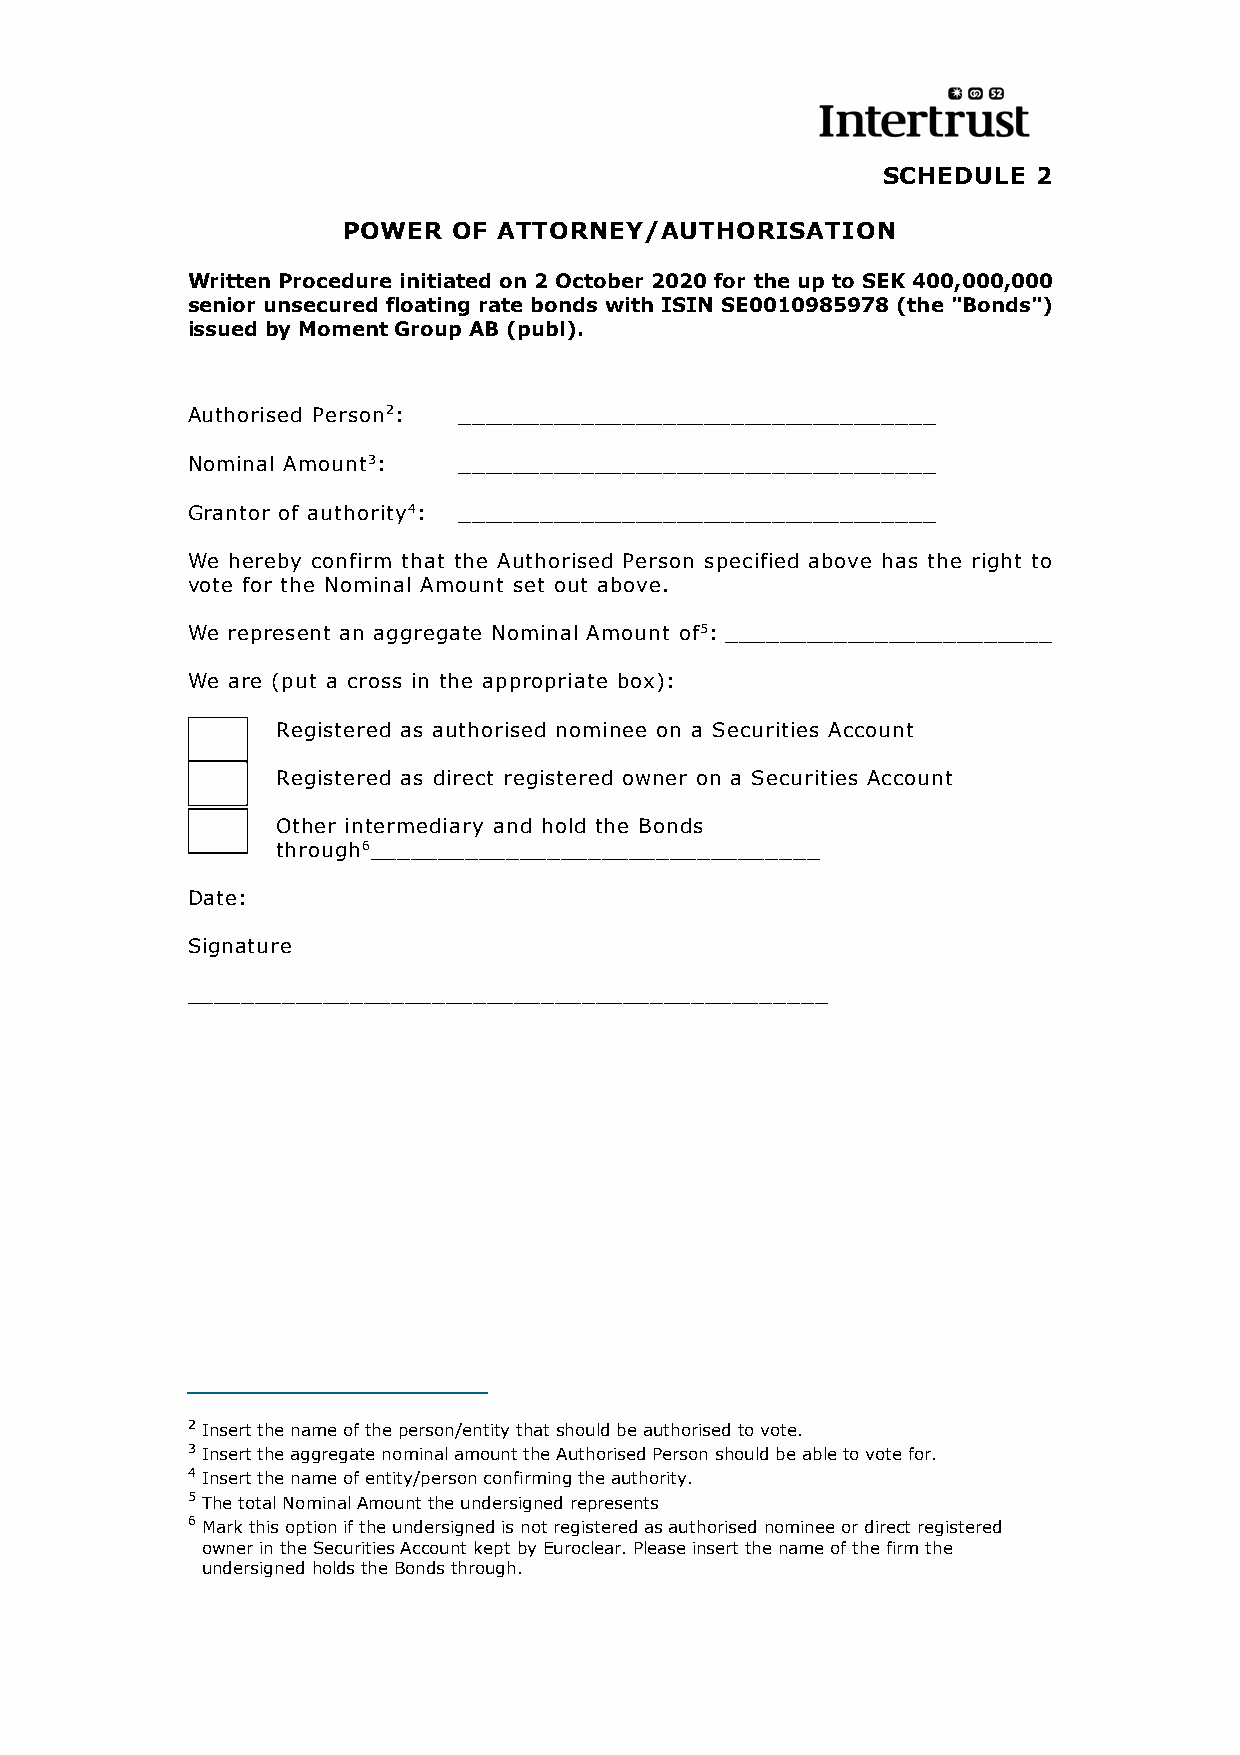
SCHEDULE   2
 POWER  OF ATTORNEY/AUTHORISATION
 Written Procedure initiated on 2 October 2020 for the up to SEK 400,000,000
 senior unsecured floating rate bonds with ISIN SE0010985978 (the "Bonds")
 issued by Moment Group AB (publ).
 Authorised Person2: ___________________________________
 Nominal Amount3:  ___________________________________
 Grantor of authority4: ___________________________________
 We hereby confirm that the Authorised Person specified above has the right to
 vote for the Nominal Amount set out above.
 We represent an aggregate Nominal Amount of5: ________________________
 We are (put a cross in the appropriate box):
 Registered as authorised nominee on a Securities Account
 Registered as direct registered owner on a Securities Account
 Other intermediary and hold the Bonds
 through6_________________________________
 Date:
 Signature
 _______________________________________________
 2 Insert the name of the person/entity that should be authorised to vote.
 3 Insert the aggregate nominal amount the Authorised Person should be able to vote for.
 4 Insert the name of entity/person confirming the authority.
 5 The total Nominal Amount the undersigned represents
 6 Mark this option if the undersigned is not registered as authorised nominee or direct registered
 owner in the Securities Account kept by Euroclear. Please insert the name of the firm the
 undersigned holds the Bonds through.